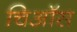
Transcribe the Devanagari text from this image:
चिऑस